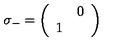
\sigma _ { - } = \left( \begin{array} { c c } { } & { 0 } \\ { 1 } & { } \\ \end{array} \right)